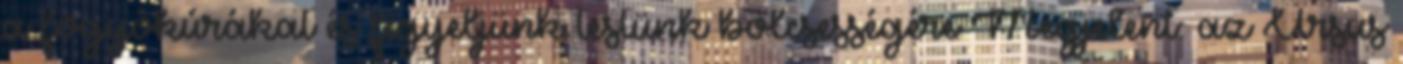
a fogyókúrákat és figyeljünk testünk bölcsességére Megjelent: az Ursus